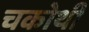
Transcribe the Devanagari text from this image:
चकोथी